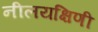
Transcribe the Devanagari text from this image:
नीलयक्षिणी